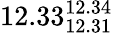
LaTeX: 12.33_{12.31}^{12.34}